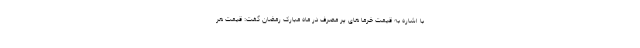
با اشاره به قیمت خرما های پر مصرف در ماه مبارک رمضان گفت: قیمت هر